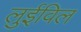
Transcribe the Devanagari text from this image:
लुईविल